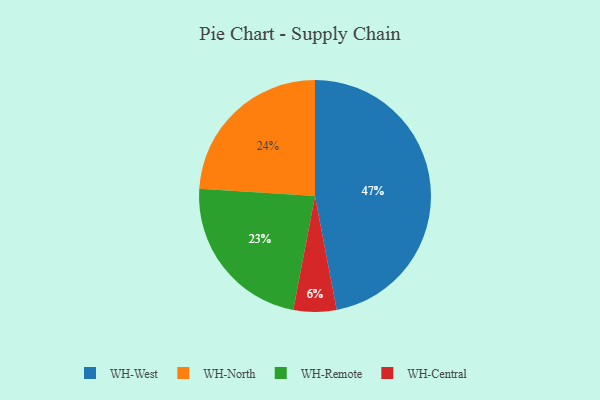
{"axis": {"x": "Category", "y": "Percentage"}, "legend": ["WH-Central", "WH-North", "WH-Remote", "WH-West"], "data": [{"x": "WH-Remote", "y": 23, "type": "WH-Remote"}, {"x": "WH-North", "y": 24, "type": "WH-North"}, {"x": "WH-Central", "y": 6, "type": "WH-Central"}, {"x": "WH-West", "y": 47, "type": "WH-West"}]}